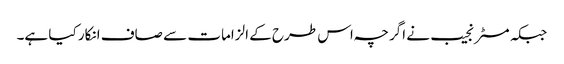
جبکہ مسٹر نجیب نے اگرچہ اس طرح کے الزامات سے صاف انکار کیا ہے۔